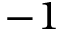
- 1